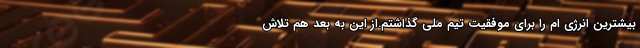
بیشترین انرژی ام را برای موفقیت تیم ملی گذاشتم.از این به بعد هم تلاش